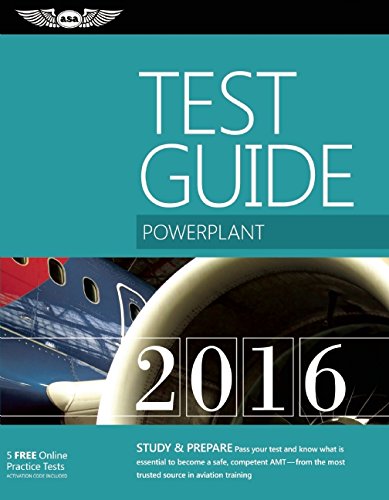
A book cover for Powerplant Test Guide 2016: The "Fast-Track" to Study for and Pass the Aviation Maintenance Technician Knowledge Exam (Fast-Track Test Guides); ASA Test Prep Board; Engineering & Transportation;